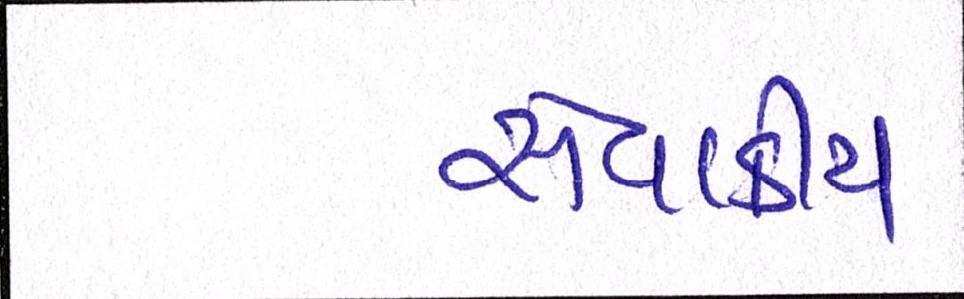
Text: સેવાકીય